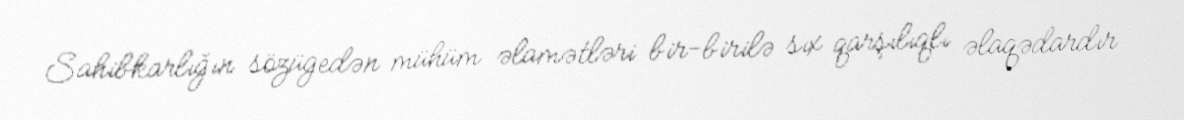
Sahibkarlığın sözügedən mühüm əlamətləri bir-birilə sıx qarşılıqlı əlaqədardır